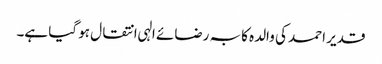
قدیر احمد کی والدہ کا بہ رضائے الہی انتقال ہو گیا ہے۔